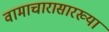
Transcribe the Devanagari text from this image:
वामाचारासारख्या